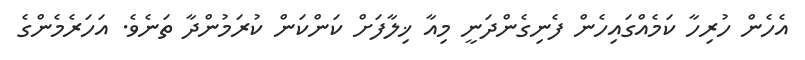
އެހެން ހުރިހާ ކަމެއްގައިހެން ފެނިގެންދަނީ މިއާ ޚިލާފަށް ކަންކަން ކުރަމުންދާ ތަނެވެ. އަހަރެމެންގެ